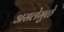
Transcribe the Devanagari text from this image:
असलेमुळे